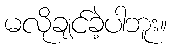
မလိုချင်ခဲ့ပါဘူး။